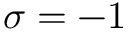
\sigma = - 1